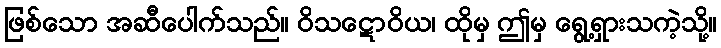
ဖြစ်သော အဆီပေါက်သည်။ ဝိသဋောဝိယ၊ ထိုမှ ဤမှ ရွေ့ရှားသကဲ့သို့။